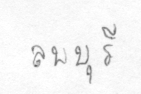
ลพบุรี